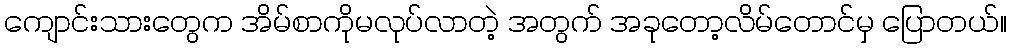
ကျောင်းသားတွေက အိမ်စာကိုမလုပ်လာတဲ့ အတွက် အခုတော့လိမ်တောင်မှ ပြောတယ်။